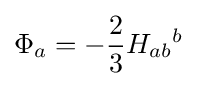
\Phi _{a}=-{\frac {2}{3}}H_{ab}{}^{b}